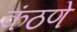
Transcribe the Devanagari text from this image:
कंठणे